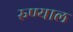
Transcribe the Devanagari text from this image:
रुण्याल